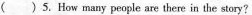
( ) 5. How many people are there in the story?